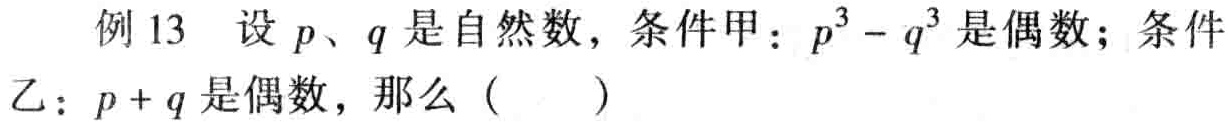
例13 设\(p\)、\(q\)是自然数，条件甲：\(p^{3}-q^{3}\)是偶数；条件乙：\(p + q\)是偶数，那么（  ）